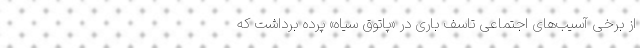
از برخی آسیب‌های اجتماعی تاسف باری در «پاتوق سیاه» پرده برداشت که